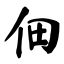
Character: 佃